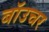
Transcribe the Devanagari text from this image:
बॉउचर